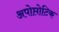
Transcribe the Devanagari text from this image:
अपोप्तोटिक